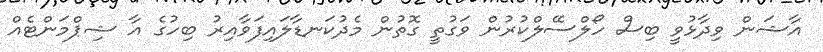
އާޝަން ވިދާޅުވީ ބިސް ހޯލްސޭލްކުރުން ވަގުތީ ގޮތުން މެދުކަނޑާލައިފަވާއިރު ބިހުގެ އާ ޝިޕްމަންޓެއް